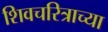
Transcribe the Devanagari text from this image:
शिवचरित्राच्या